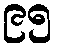
၉၅